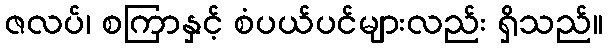
ဇလပ်၊ စကြာနှင့် စံပယ်ပင်များလည်း ရှိသည်။